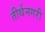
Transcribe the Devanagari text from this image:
तीर्थनगरी